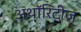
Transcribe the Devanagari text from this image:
अथॉरिटीज़